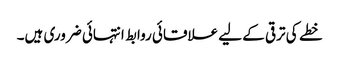
خطے کی ترقی کے لیے علاقائی روابط انتہائی ضروری ہیں۔